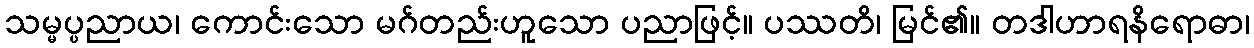
သမ္မပ္ပညာယ၊ ကောင်းသော မဂ်တည်းဟူသော ပညာဖြင့်။ ပဿတိ၊ မြင်၏။ တဒါဟာရနိရောဓာ၊